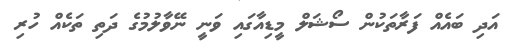
އަދި ބައެއް ފަރާތަކުން ސޯޝަލް މީޑިއާގައި ވަނީ ނޭވާލުމުގެ ދަތި ތަކެއް ހުރި